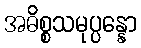
အဓိစ္စသမုပ္ပန္နော